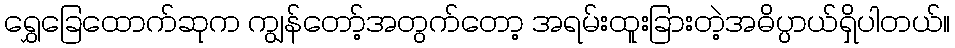
ရွှေခြေထောက်ဆုက ကျွန်တော့်အတွက်တော့ အရမ်းထူးခြားတဲ့အဓိပ္ပာယ်ရှိပါတယ်။